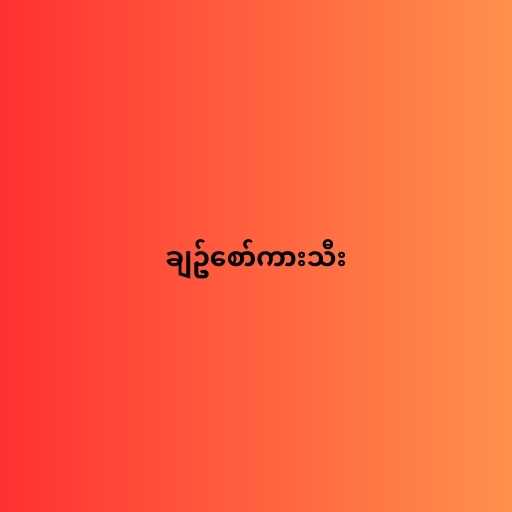
ချဥ်စော်ကားသီး